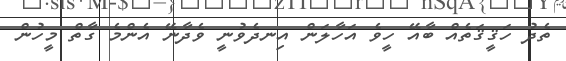
ތެދު ހަޤީޤަތެއް ބާއޭ ހީވެ އަހާލަން އިނދެވުނީ ވެދާނޭ އެންމެ ގާތް މީހުން